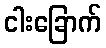
ငါးခြောက်